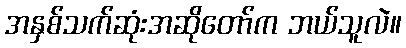
အနှစ်သက်ဆုံးအဆိုတော်က ဘယ်သူလဲ။